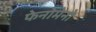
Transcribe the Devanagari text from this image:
फेनोमेनो